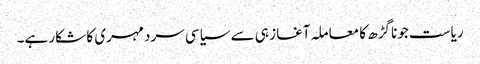
ریاست جونا گڑھ کا معاملہ آغاز ہی سے سیاسی سردمہری کا شکار ہے۔